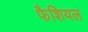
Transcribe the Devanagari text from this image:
फैशियल